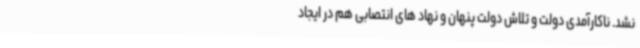
نشد. ناکارآمدی دولت و تلاش دولت پنهان و نهاد های انتصابی هم در ایجاد